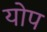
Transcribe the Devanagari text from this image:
योप